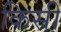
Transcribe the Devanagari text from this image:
किसी